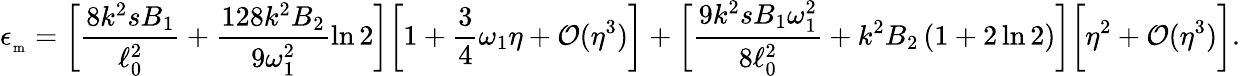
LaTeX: \epsilon_{_\mathrm{m}}=\biggl[\frac{8k^{2}sB_{1}}{\ell_{0}^{2}}+\frac{128k^{2}B_{2}}{9\omega_{1}^{2}}\ln 2\biggr]\biggl[1+\frac{3}{4}\omega_{1}\eta+{\cal O}(\eta^{3})\biggr]+\biggl[\frac{9k^{2}sB_{1}\omega_{1}^{2}}{8\ell_{0}^{2}}+k^{2}B_{2}\left(1+2\ln 2\right)\biggr]\biggr[\eta^{2}+{\cal O}(\eta^{3})\biggr].